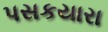
પસકયારા